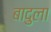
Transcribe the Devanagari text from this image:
बादुला